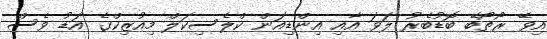
އިވޭ ރޯތޯބޭ ބޮޑުބެރު ލަވަ އާއި އިންޑިއަން ކްލެސިކަލް މިއުޒިކްގެ އަޑު ވެސް